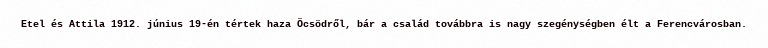
Etel és Attila 1912. június 19-én tértek haza Öcsödről, bár a család továbbra is nagy szegénységben élt a Ferencvárosban.